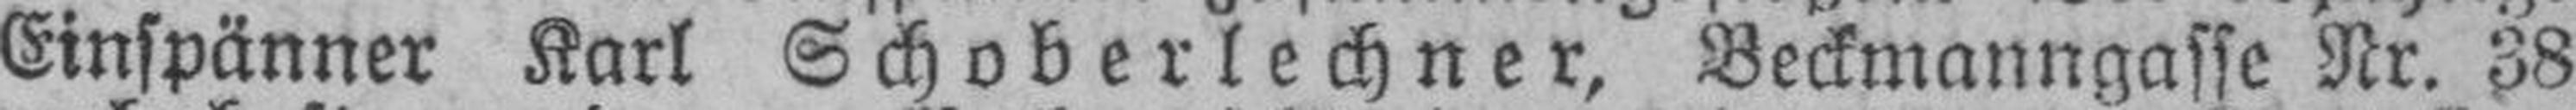
Einspänner Karl Schoberlechner, Beckmanngasse Nr. 38